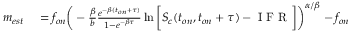
\begin{array} { r l } { m _ { e s t } } & { { } = f _ { o n } \bigg ( - \frac { \beta } { b } \frac { e ^ { - \beta ( t _ { o n } + \tau ) } } { 1 - e ^ { - \beta \tau } } \ln { \bigg [ S _ { c } ( t _ { o n } , t _ { o n } + \tau ) - \mathrm { ~ I ~ F ~ R ~ } \bigg ] } \bigg ) ^ { \alpha / \beta } - f _ { o n } } \end{array}